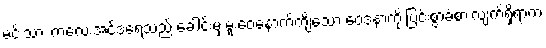
မင်းသား ကလေးအင်ဒရေသည် ခေါင်းမှ မူးဝေနောက်ကျိသော ဝေဒနာကို ပြင်းစွာခံစားလျက်ရှိရာက